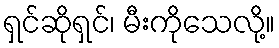
ရှင်ဆိုရှင်၊ မီးကိုသေလို့။